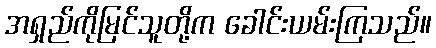
အရှည်ကိုမြင်သူတို့က ခေါင်းယမ်းကြသည်။